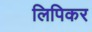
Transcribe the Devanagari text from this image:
लिपिकर